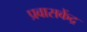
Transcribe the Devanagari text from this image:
प्रवासकेंद्र